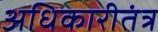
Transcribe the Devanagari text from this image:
अधिकारीतंत्र